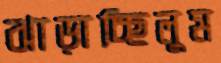
ঝাড়াচ্ছিলুম